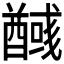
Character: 𮡃